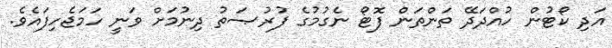
އަދި ކޯޓުން ހުއްދަދޭ ތަންތަން ފޮޓޯ ނެގުމުގެ ފުރުޞަތު ދިނުމަށް ވަނީ ހަމަޖެހިފައެވެ.